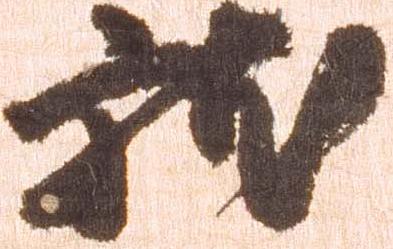
就